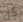
كل